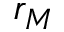
r _ { M }